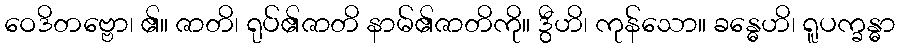
ဝေဒိတဗ္ဗော၊ ၏။ ဇာတိ၊ ရုပ်၏ဇာတိ နာမ်၏ဇာတိကို။ ဒွီဟိ၊ ကုန်သော။ ခန္ဓေဟိ၊ ရူပက္ခန္ဓာ